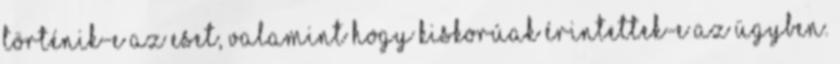
történik-e az eset, valamint hogy kiskorúak érintettek-e az ügyben.